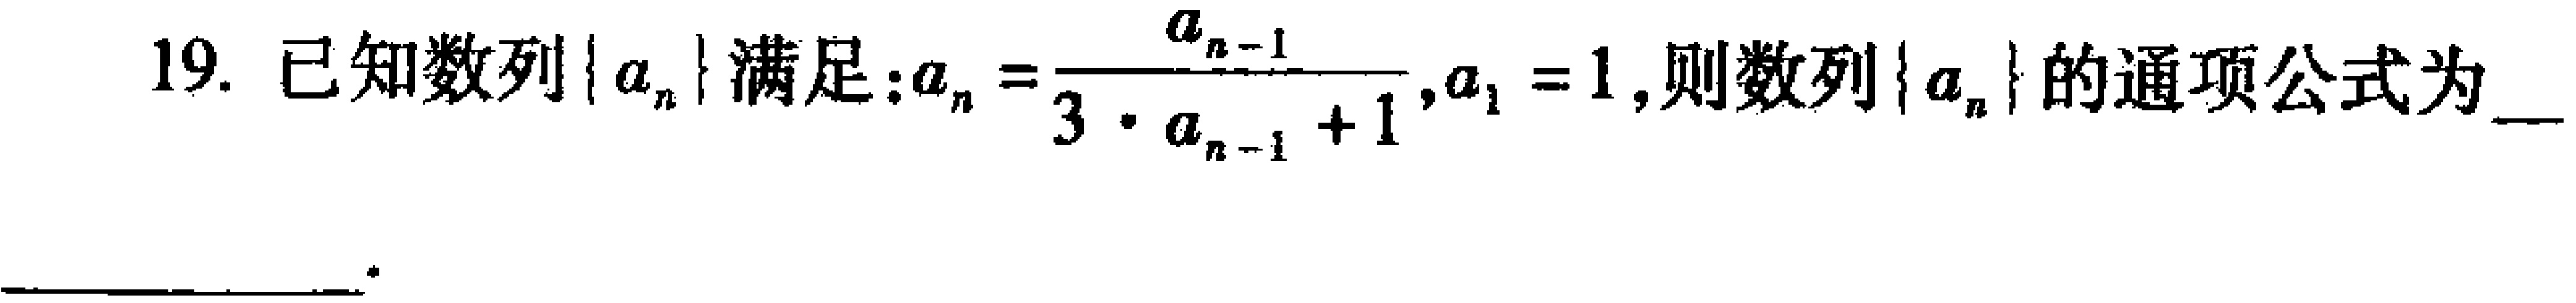
19. 已知数列\(\{ a_{n}\}\)满足：\(a_{n}=\frac{a_{n - 1}}{3\cdot a_{n - 1}+1},a_{1}=1\)，则数列\(\{ a_{n}\}\)的通项公式为___